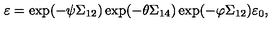
\varepsilon = \exp ( - \psi \Sigma _ { 1 2 } ) \exp ( - \theta \Sigma _ { 1 4 } ) \exp ( - \varphi \Sigma _ { 1 2 } ) \varepsilon _ { 0 } ,